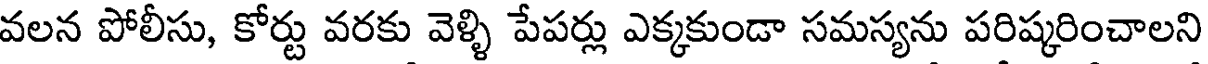
వలన పోలీసు, కోర్టు వరకు వెళ్ళి పేపర్లు ఎక్కకుండా సమస్యను పరిష్కరించాలని